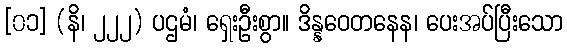
[၀၁] (နိ၊ ၂၂၂) ပဌမံ၊ ရှေးဦးစွာ။ ဒိန္နဝေတနေန၊ ပေးအပ်ပြီးသော